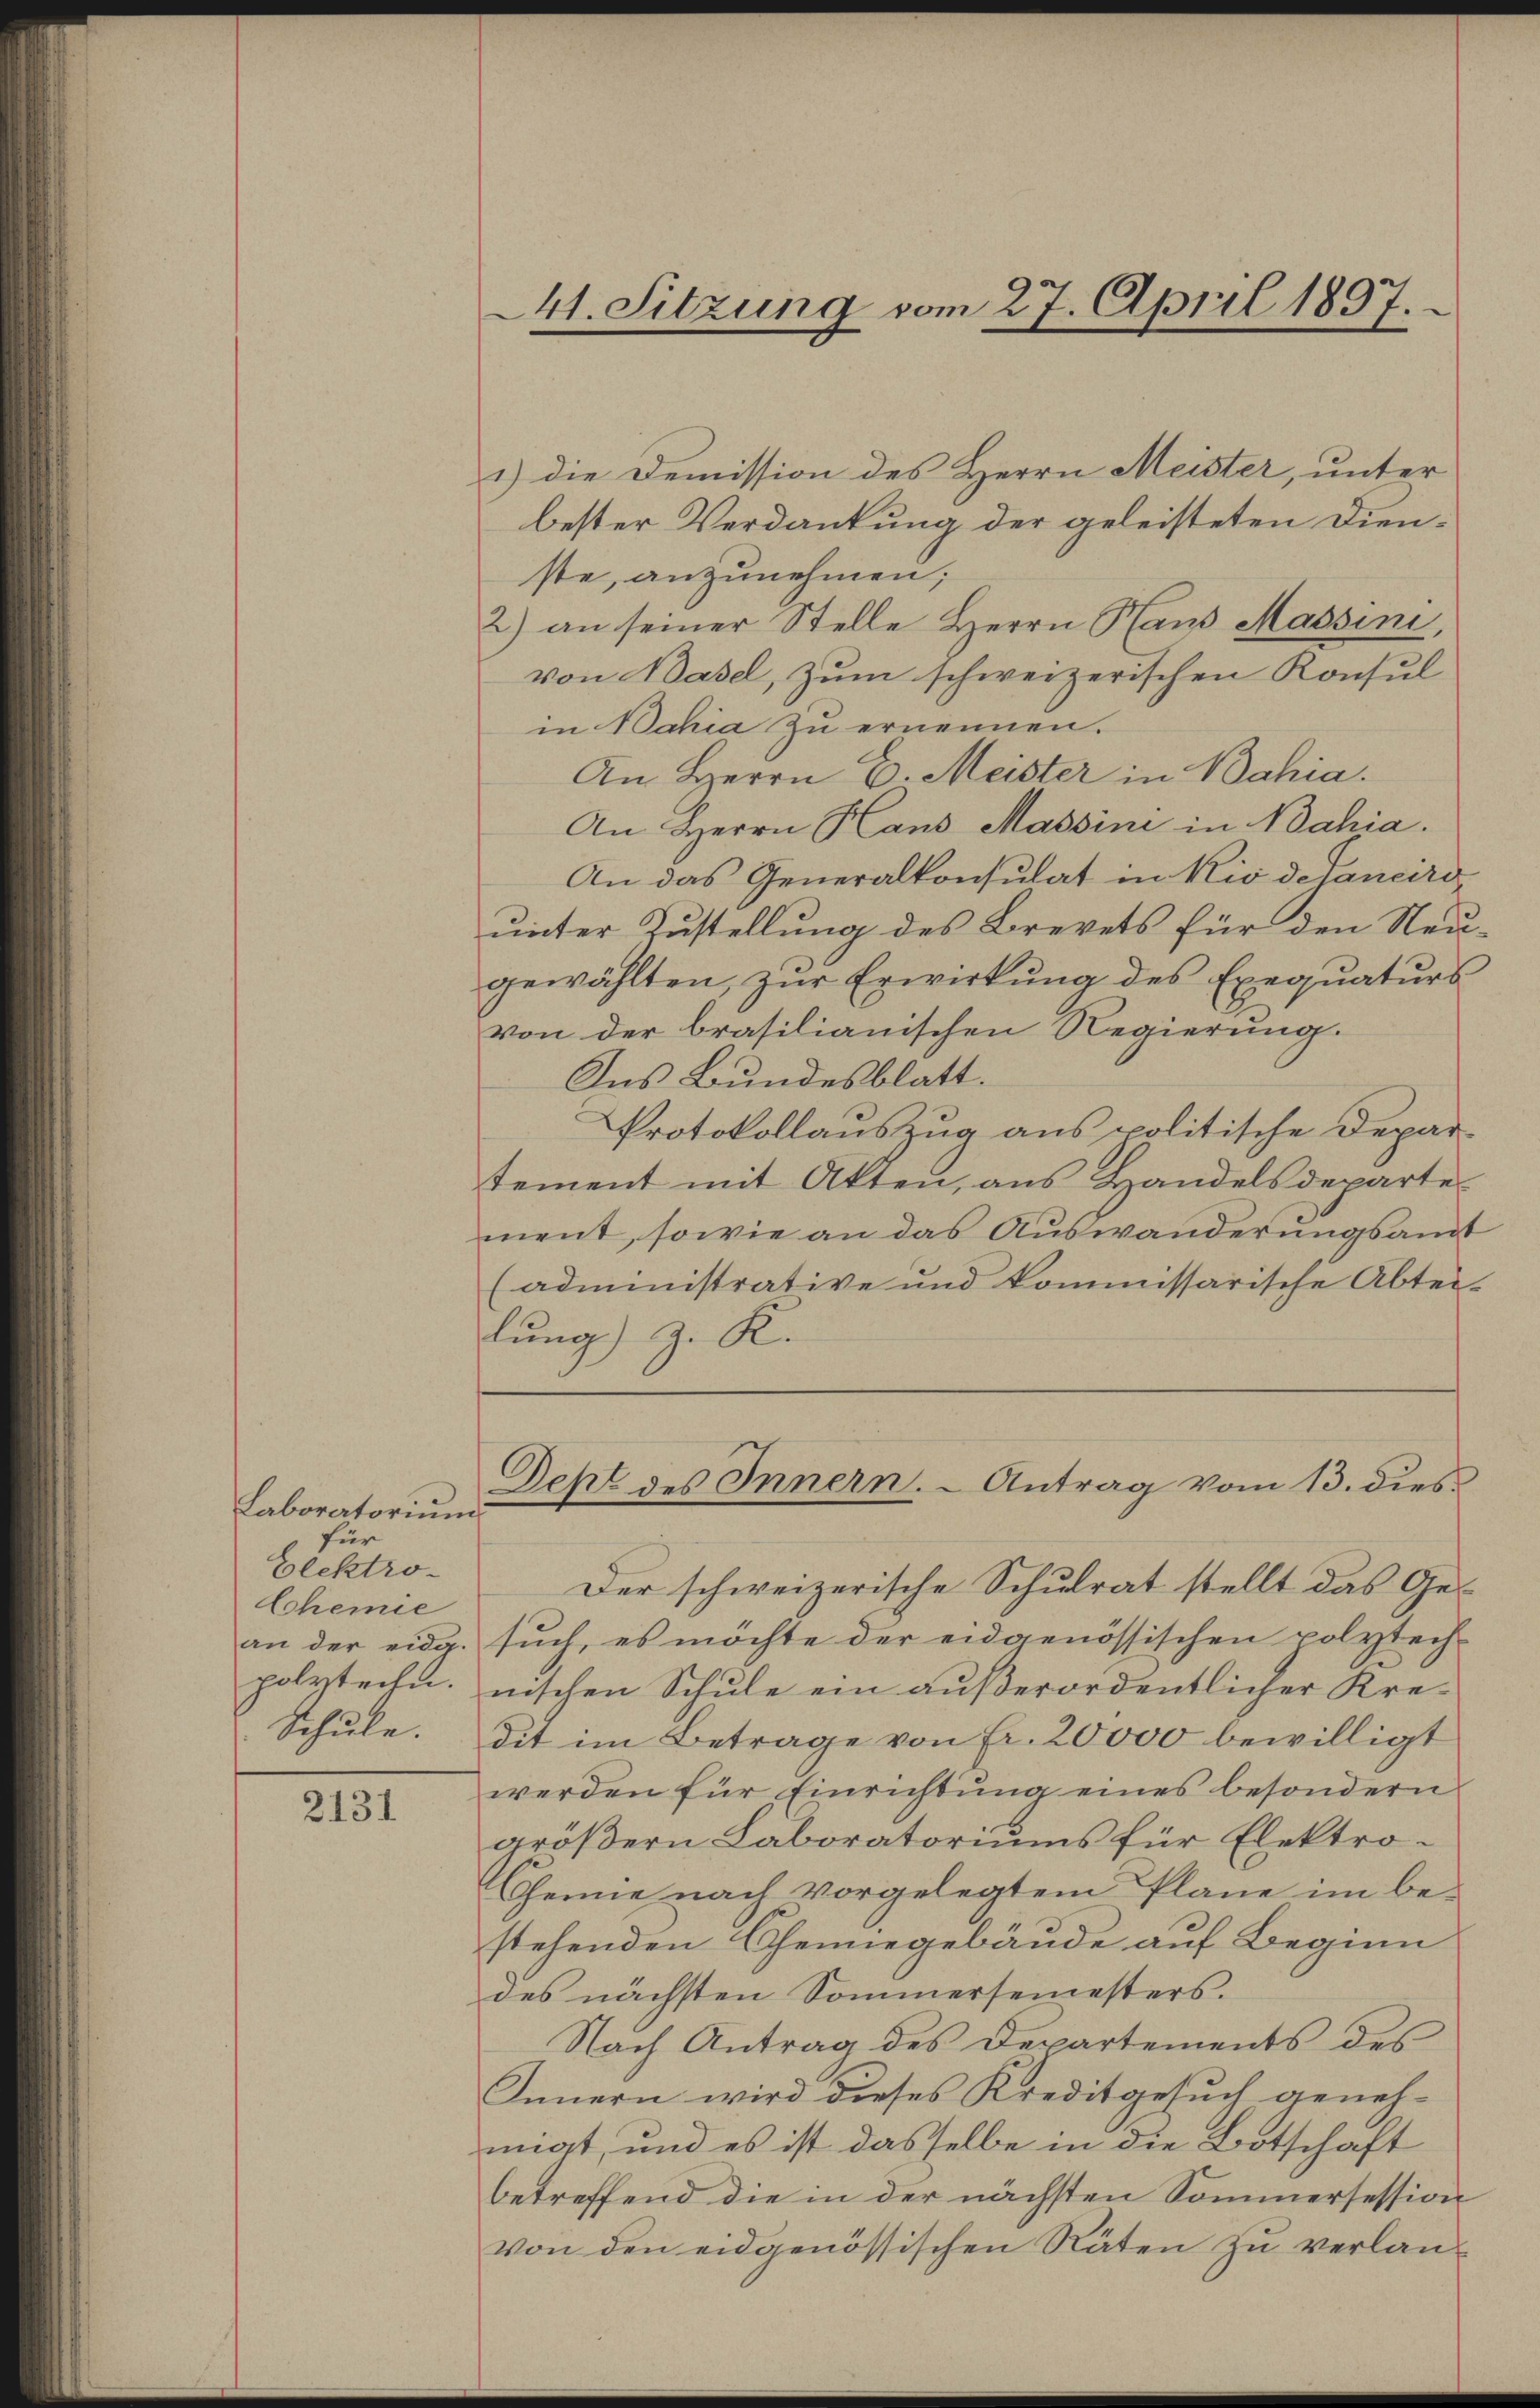
Laboratorium
für
Elektro-
lchemie
an der eidg.
polytechn.
Schule.

2131

41. Sitzung vom 27. April 1897.

1) die Demission des Herrn Meister, unter
bester Verdankung der geleisteten Dienste, anzunehmen;
2) an seiner Stelle Herrn Haus Massini,
von Basel, zum schweizerischen Konsul
in Bahia zu ernennen.
An Herrn E. Meister in Bahia.
An Herrn Haus Massini in Bahia.
An das Generalkonsulat in Kio delancirounter Zustellung des Brevets für den Neugewählten, zur Erwirkung des Exequaturs
von der brasilianischen Regierung.
Ins Bundesblatt.
Protokollauszug aus politische Depar-
tement mit Akten, aus Handelsdepartement, sowie an das Auswanderungsamt
(administrative und kommissarische Abtei-
lung) z. K.
Deht des Innern. Antrag vom 13. dies¬
Der schweizerische Schulrat stellt das Gesuch, es möchte der eidgenössischen polytech-
nischen Schule ein außerordentlicher Kredit im Betrage von Fr. 20000 bewilligt
werden für Einrichtung eines besondern
größern Laboratoriums für Elektro¬
Chenne nach vorgelegtem Plane im bestehenden Chemiegebäude auf Beginn
des nächsten Sommersemesters.
Nach Antrag des Departements des
Innern wird dieses Kreditgesuch geneh-
migt, und es ist dasselbe in die Botschaft
betreffend die in der nächsten Sommersession
von den eidgenössischen Räten zu verlan¬